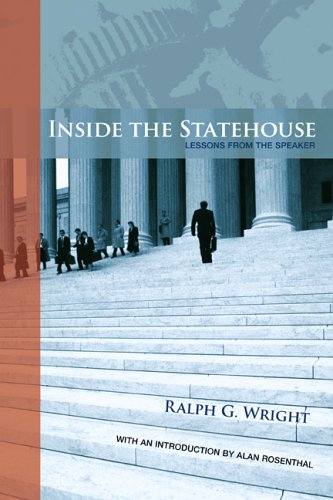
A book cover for Inside the Statehouse: Lessons From the Speaker; Ralph G Wright; Biographies & Memoirs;